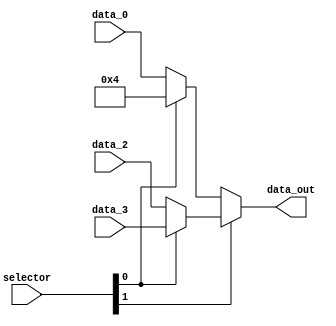
module mux_ALU2 (

    input  wire [1:0] selector,
    input  wire [31:0] data_0,
    input  wire [31:0] data_2,
    input  wire [31:0] data_3,
    output wire [31:0] data_out

);

/*

data_0 --|
4 -------|--out1-------|\
data_2 --|               |--data_out--->
data_3 --|--out2-------|/

*/

wire [31:0] out1, out2;
/*
if(selector[0]==1)
    return 32'd4;
else
    data_0
*/


//00 data0 ok
//01 32'd4  ok
//10 data2 ok
//11 data3 ok

assign out1 = (selector[0]) ? 32'd4 : data_0;
assign out2 = (selector[0]) ? data_3 : data_2;
assign data_out = (selector[1]) ? out2 : out1 ;


endmodule